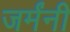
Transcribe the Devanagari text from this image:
जर्मंनी